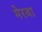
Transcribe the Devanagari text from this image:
मेरवा